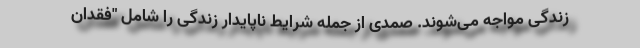
زندگی مواجه می‌شوند. صمدی از جمله شرایط ناپایدار زندگی را شامل "فقدان